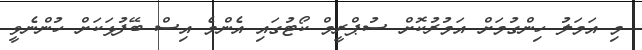
މި އަމަލު ހިންގުމަށް އަމުރުކޮށް ސުޕްރީމް ކޯޓުގައި އެންމެ އިސް ބޭފުޅަކަށް ހުންނެވީ